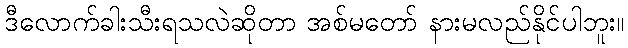
ဒီလောက်ခါးသီးရသလဲဆိုတာ အစ်မတော် နားမလည်နိုင်ပါဘူး။